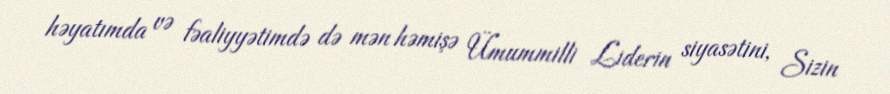
həyatımda və fəaliyyətimdə də mən həmişə Ümummilli Liderin siyasətini, Sizin